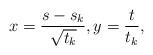
LaTeX: \begin{align*}x=\frac{s-s_k}{\sqrt{t_k}},y=\frac{t}{t_k},\end{align*}